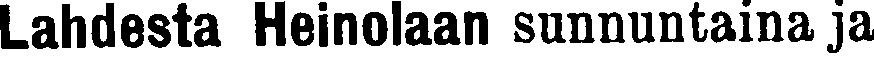
Lahdesta Heinolaan sunnuntaina ja